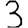
Digit: 3